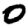
Digit: 0